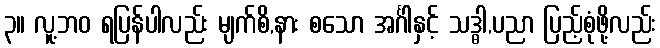
၃။ လူ့ဘဝ ရပြန်ပါလည်း မျက်စိ,နား စသော အင်္ဂါနှင့် သဒ္ဓါ,ပညာ ပြည့်စုံဖို့လည်း